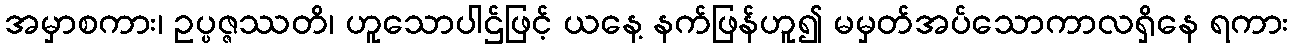
အမှာစကား၊ ဥပ္ပဇ္ဇဿတိ၊ ဟူသောပါဌ်ဖြင့် ယနေ့ နက်ဖြန်ဟူ၍ မမှတ်အပ်သောကာလရှိနေ ရကား